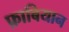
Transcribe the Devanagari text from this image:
फ़ाबियान